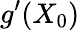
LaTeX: g^{\prime}(X_{0})